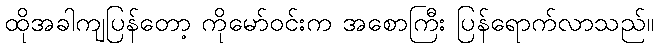
ထိုအခါကျပြန်တော့ ကိုမော်ဝင်းက အစောကြီး ပြန်ရောက်လာသည်။